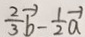
\frac { 2 } { 3 } \overrightarrow { b } - \frac { 1 } { 2 } \overrightarrow { a }